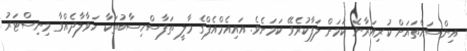
އިންސައްތައަށް ކުރިއަރާނެ ކަމަށް ލަފާކުރެވޭ ކަމަށެވެ. އައިއެމްއެފްގެ މާލީ ތަފާސްހިސާބުތަކާ ހަވާލާދެއްވާ މިނިސްޓަރު